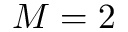
M = 2